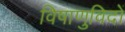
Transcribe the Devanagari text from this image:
विषाणुविदों